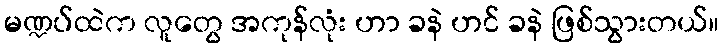
မဏ္ဍပ်ထဲက လူတွေ အကုန်လုံး ဟာ ခနဲ ဟင် ခနဲ ဖြစ်သွားတယ်။